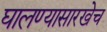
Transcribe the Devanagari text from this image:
घालण्यासारखेच